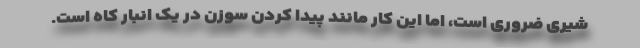
شیری ضروری است، اما این کار مانند پیدا کردن سوزن در یک انبار کاه است.